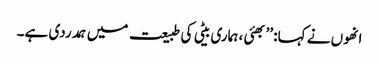
انھوں نے کہا: ’’بھئی ، ہماری بیٹی کی طبیعت میں ہمدردی ہے۔